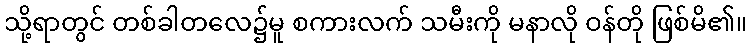
သို့ရာတွင် တစ်ခါတလေ၌မူ စကားလက် သမီးကို မနာလို ဝန်တို ဖြစ်မိ၏။